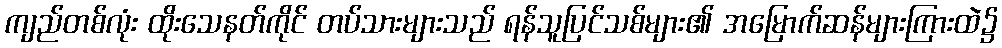
ကျည်တစ်လုံး ထိုးသေနတ်ကိုင် တပ်သားများသည် ရန်သူပြင်သစ်များ၏ အမြောက်ဆန်များကြားထဲ၌